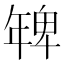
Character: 𭙅